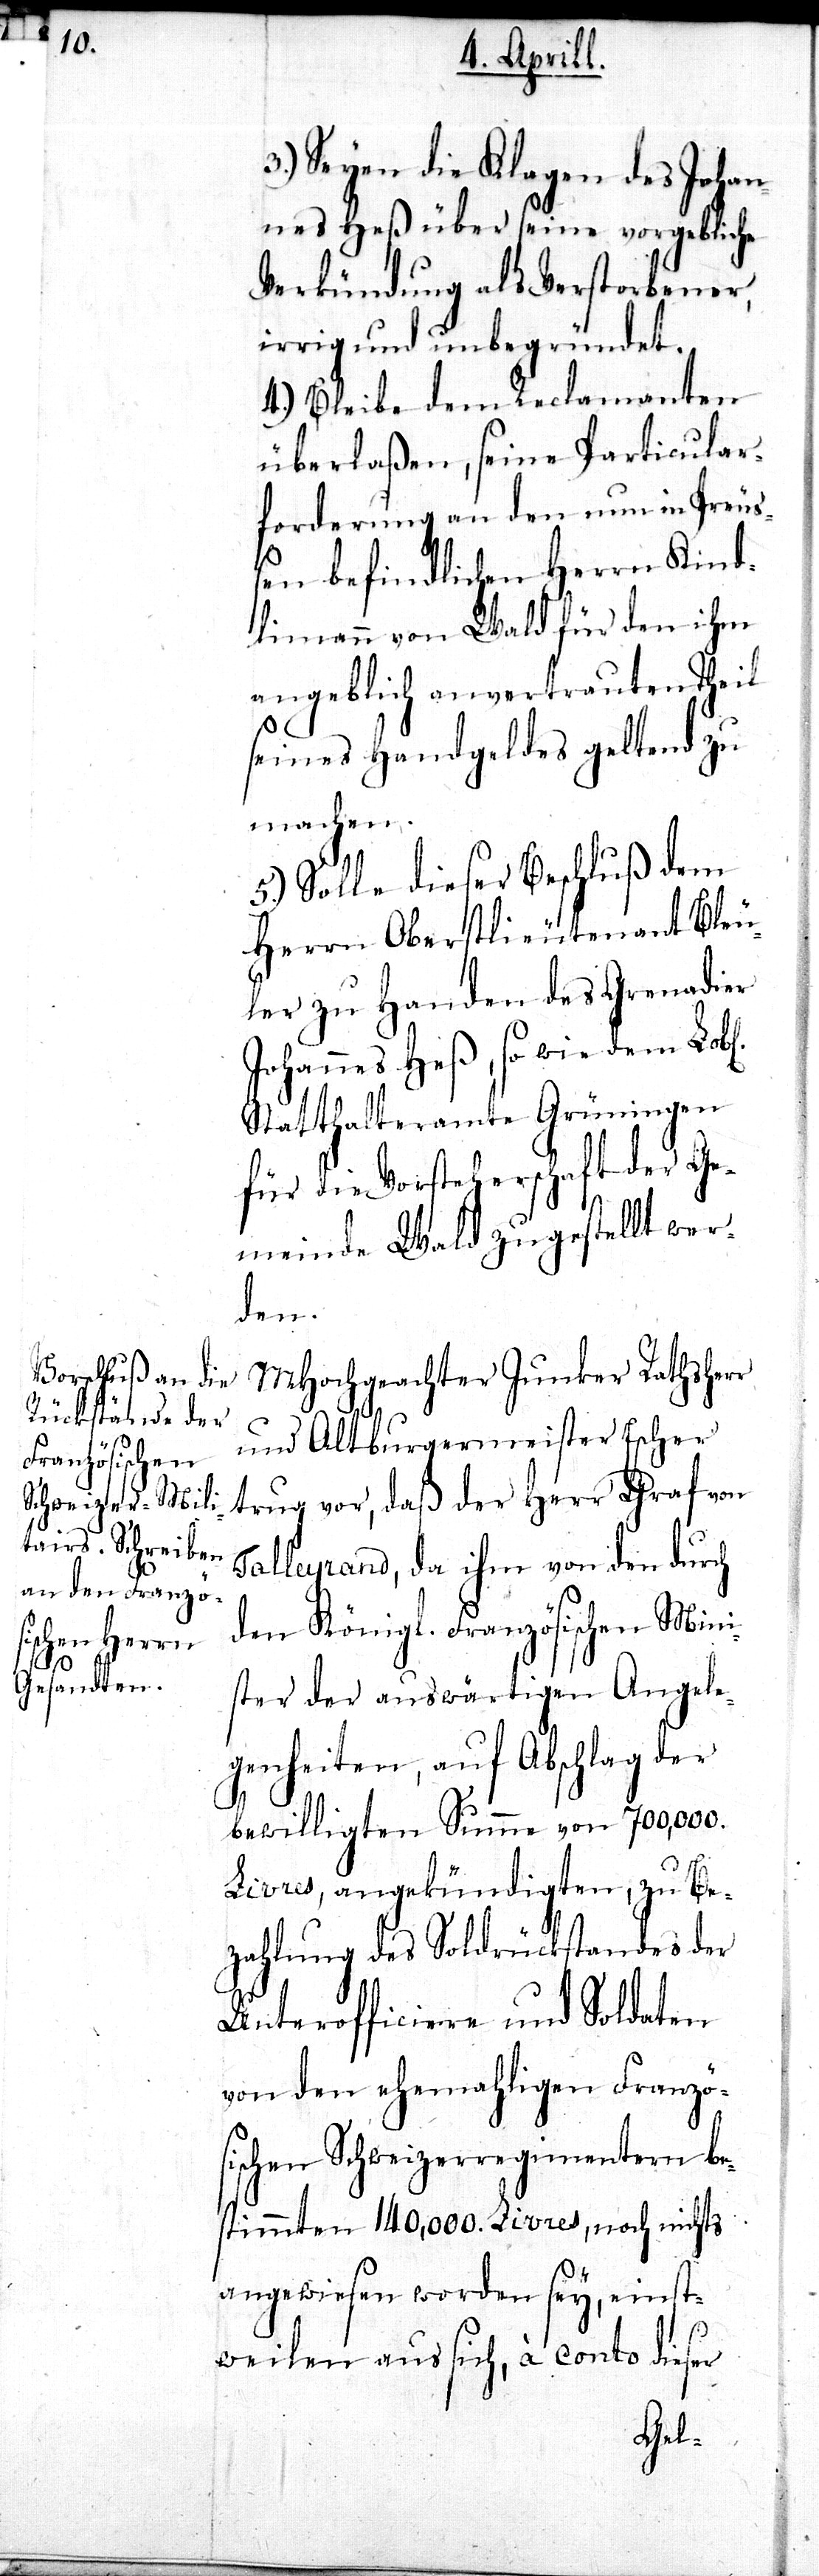
l[ichen].

3.) Seyen die Klagen des Johan¬
nes Heß über seine vorgebliche
Verkündung als Verstorbener,
irrig und unbegründet.
4.) Bleibe dem Reclamanten
überlaßen, seine Particular¬
forderung an den nun in Preuß¬
en befindlichen Herrn Kind¬
limann von Wald für den ihm
angeblich anvertrauten Theil
seines Handgeldes geltend zu
machen.
5.) Solle dieser Beschluß dem
Herrn Oberstlieutenant Bleu¬
ler zu Handen des Grenadier
Johannes Heß, so wie dem Lob¬
Statthalteramte Grüningen
für die Vorsteherschaft der Ge¬
meinde Wald zugestellt wer¬
den.
MHochgeachter Junker Rathsherr
und Altburgermeister Escher
trug vor, daß der Herr Graf von
Talleyrand, da ihm von den durch
den Königl. Französischen Mini¬
ster der auswärtigen Angele¬
genheiten, auf Abschlag der
bewilligten Summe von 700,000.
Livres, angekündigten, zu Be¬
zahlung des Soldrückstandes der
Unterofficiere und Soldaten
von den ehemahligen Französ¬
ischen Schweizerregimentern be¬
stimmten 140,000. Livres, noch nichts
angewiesen worden sey, einst¬
weilen aus sich, à conto dieser